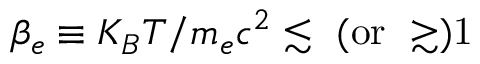
\beta _ { e } \equiv K _ { B } T / m _ { e } c ^ { 2 } \lesssim ~ ( \mathrm { { o r } ~ \gtrsim ) 1 }